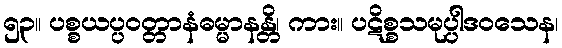
၅၃။ ပစ္စယပ္ပဝတ္တာနံဓမ္မာနန္တိ၊ ကား။ ပဋိစ္စသမုပ္ပါဒဝသေန၊